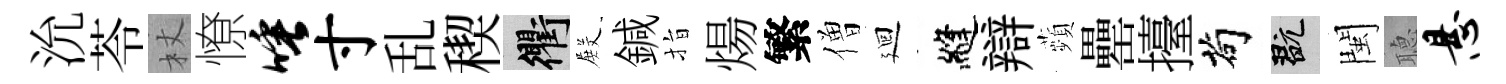
沇苓杖憭唾寸乱稧衢𭮺鍼指煬繁僧廻縫辯蘋罍擡茍玩閩𦗟悬